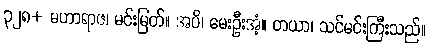
၃၂၈+ မဟာရာဇ၊ မင်းမြတ်။ အပိ၊ မေးဦးအံ့။ တယာ၊ သင်မင်းကြီးသည်။